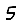
Digit: 5